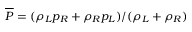
\overline { { P } } = ( \rho _ { L } p _ { R } + \rho _ { R } p _ { L } ) / ( \rho _ { L } + \rho _ { R } )